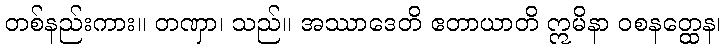
တစ်နည်းကား။ တဏှာ၊ သည်။ အဿာဒေတိ ဧတာယာတိ ဣမိနာ ဝစနတ္ထေန၊